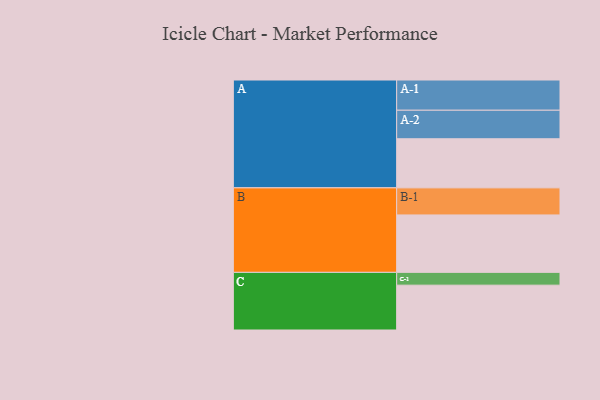
{"axis": {"x": "Segment", "y": "Value"}, "legend": ["", "A", "B", "C"], "data": [{"x": "A", "y": 437, "type": ""}, {"x": "B", "y": 511, "type": ""}, {"x": "C", "y": 399, "type": ""}, {"x": "A-1", "y": 269, "type": "A"}, {"x": "A-2", "y": 254, "type": "A"}, {"x": "B-1", "y": 241, "type": "B"}, {"x": "C-1", "y": 114, "type": "C"}]}